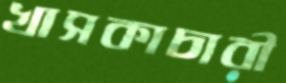
খাসকাচারী